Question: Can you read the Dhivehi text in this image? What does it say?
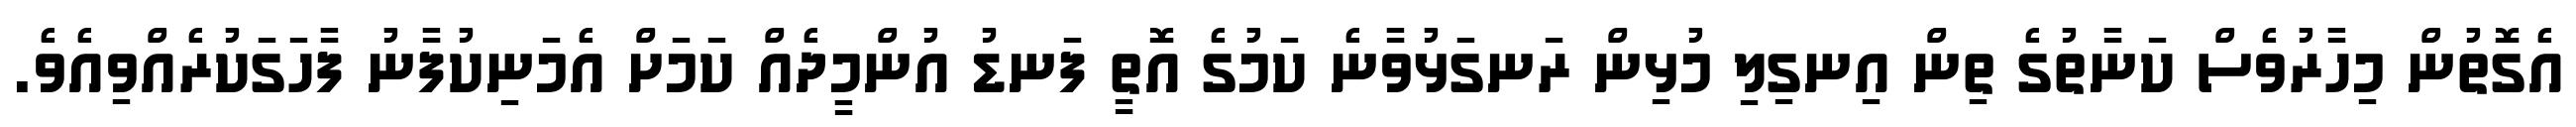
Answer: އެގޮތުން މިހާރުވެސް ކަނާތުގެ ތިން އިނގިލި މުޅިން ރަނގަޅުވާނެ ކަމުގެ އޮތީ ފަނޑު އުންމީދެއް ކަމަށް އެމަނިކުފާނު ފާހަގަކުރެއްވިއެވެ.